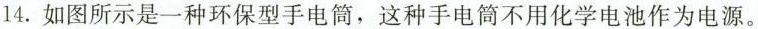
14.如图所示是一种环保型手电筒，这种手电筒不用化学电池作为电源。